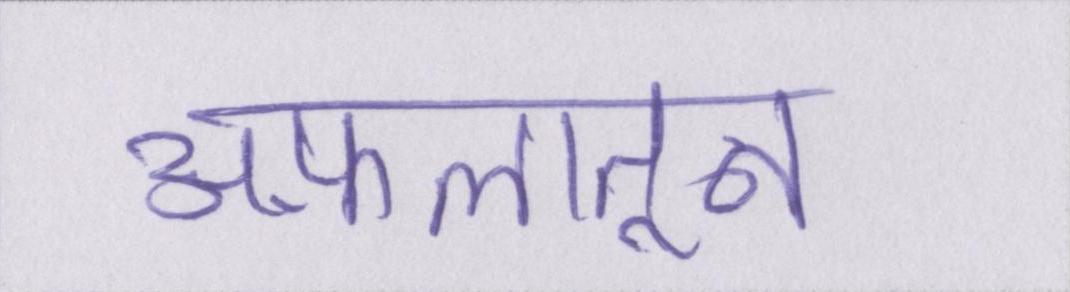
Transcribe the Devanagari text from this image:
अफ़लातून